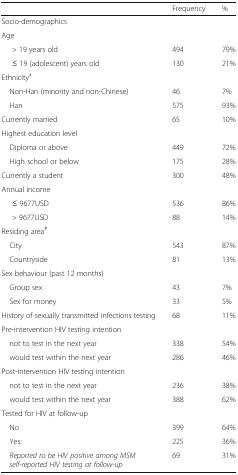
<table><thead><tr><td></td><td><b>Frequency</b></td><td><b>%</b></td></tr></thead><tbody><tr><td colspan="3">Socio-demographics</td></tr><tr><td colspan="3">Age</td></tr><tr><td>&gt; 19 years old</td><td>494</td><td>79%</td></tr><tr><td>≤ 19 (adolescent) years old</td><td>130</td><td>21%</td></tr><tr><td colspan="3">Ethnicity<sup>a</sup></td></tr><tr><td> Non-Han (minority and non-Chinese)</td><td>46</td><td>7%</td></tr><tr><td> Han</td><td>575</td><td>93%</td></tr><tr><td>Currently married</td><td>65</td><td>10%</td></tr><tr><td colspan="3">Highest education level</td></tr><tr><td> Diploma or above</td><td>449</td><td>72%</td></tr><tr><td> High school or below</td><td>175</td><td>28%</td></tr><tr><td>Currently a student</td><td>300</td><td>48%</td></tr><tr><td colspan="3">Annual income</td></tr><tr><td>≤ 9677USD</td><td>536</td><td>86%</td></tr><tr><td>&gt; 9677USD</td><td>88</td><td>14%</td></tr><tr><td colspan="3">Residing area<sup>#</sup></td></tr><tr><td> City</td><td>543</td><td>87%</td></tr><tr><td> Countryside</td><td>81</td><td>13%</td></tr><tr><td colspan="3">Sex behaviour (past 12 months)</td></tr><tr><td> Group sex</td><td>43</td><td>7%</td></tr><tr><td> Sex for money</td><td>33</td><td>5%</td></tr><tr><td>History of sexually transmitted infections testing</td><td>68</td><td>11%</td></tr><tr><td colspan="3">Pre-intervention HIV testing intention</td></tr><tr><td> not to test in the next year</td><td>338</td><td>54%</td></tr><tr><td> would test within the next year</td><td>286</td><td>46%</td></tr><tr><td colspan="3">Post-intervention HIV testing intention</td></tr><tr><td> not to test in the next year</td><td>236</td><td>38%</td></tr><tr><td> would test within the next year</td><td>388</td><td>62%</td></tr><tr><td colspan="3">Tested for HIV at follow-up</td></tr><tr><td> No</td><td>399</td><td>64%</td></tr><tr><td> Yes:</td><td>225</td><td>36%</td></tr><tr><td> <i>Reported to be HIV positive among MSM self-reported HIV testing at follow-up</i></td><td>69</td><td>31%</td></tr></tbody></table>